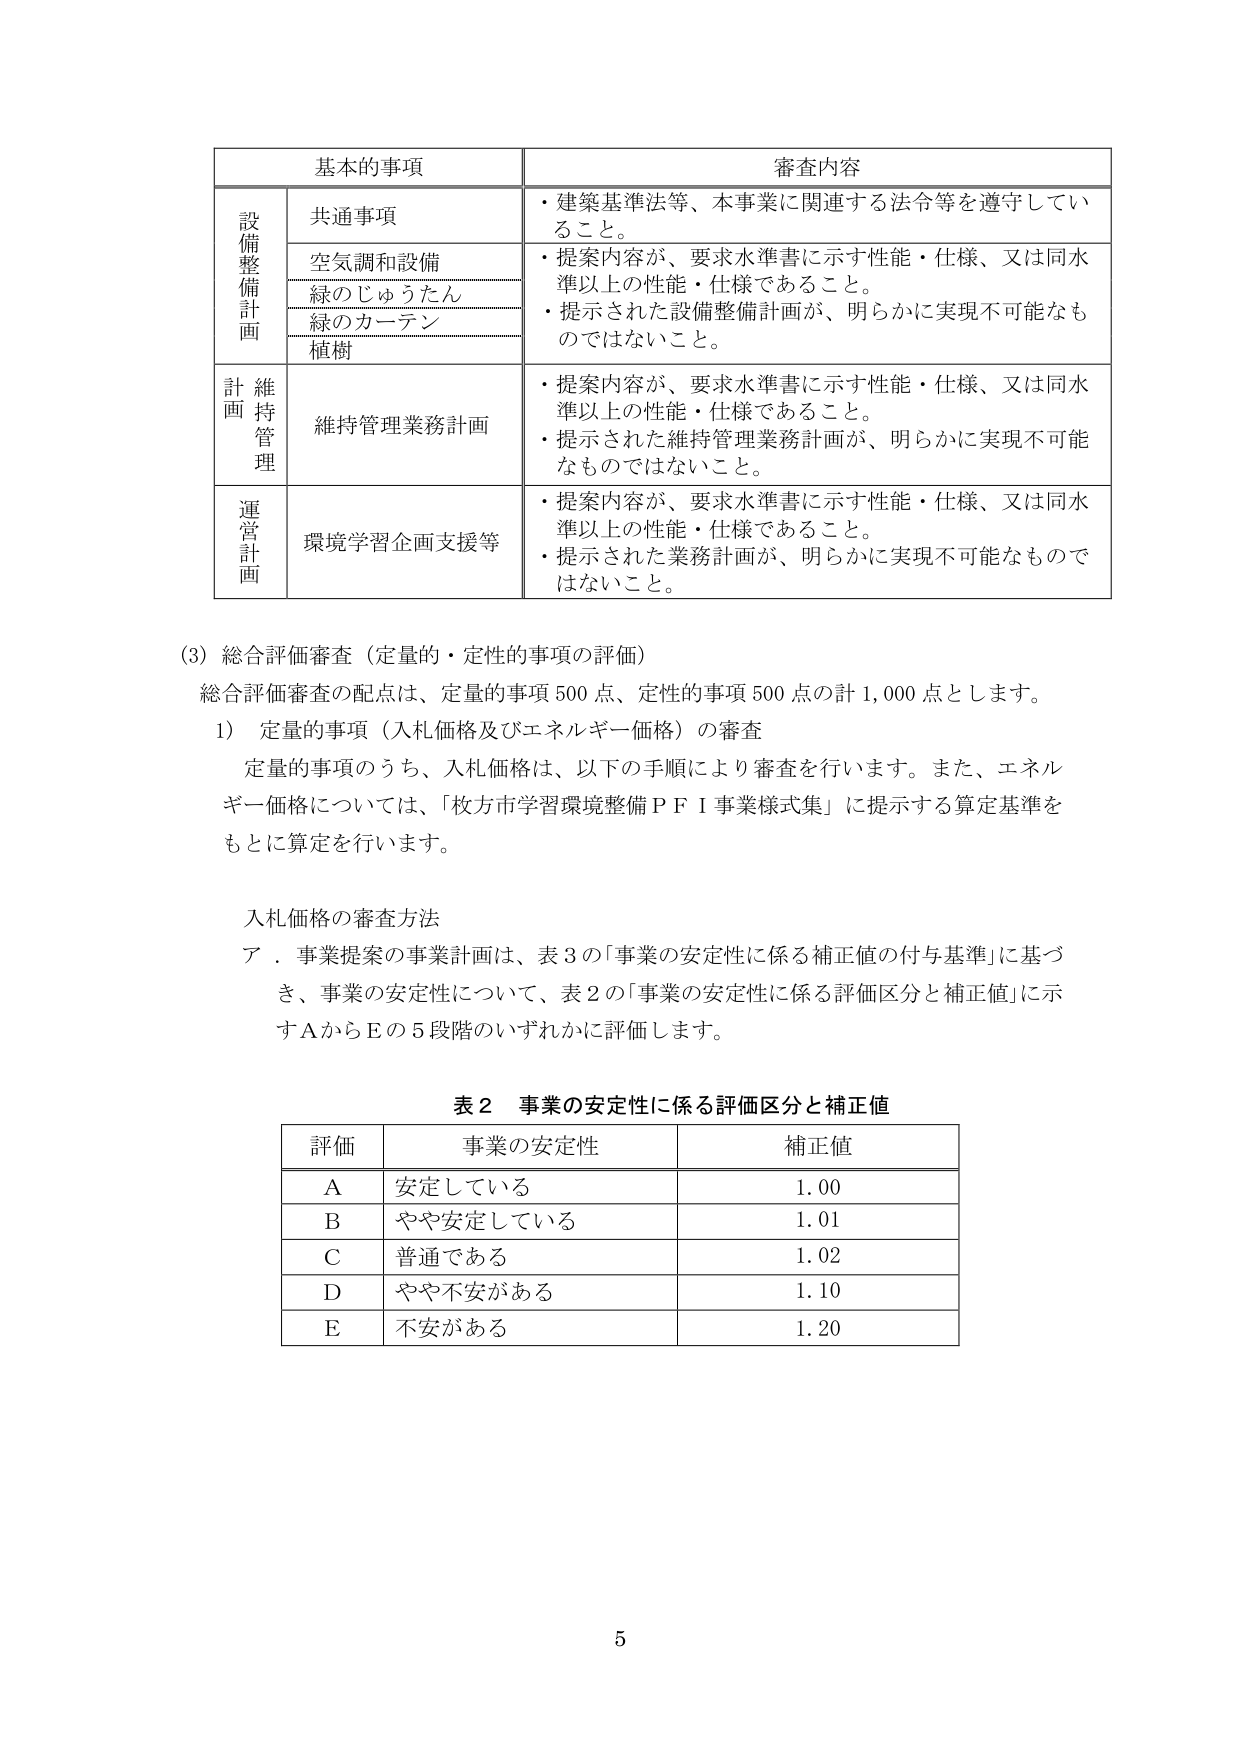
基本的事項 審査内容
設備整備計画 共通事項 ・建築基準法等、本事業に関連する法令等を遵守していること。
空気調和設備 ・提案内容が、要求水準書に示す性能・仕様、又は同水準以上の性能・仕様であること。
緑のじゅうたん ・提示された設備整備計画が、明らかに実現不可能なものではないこと。
緑のカーテン
植樹
維持管理 計画 維持管理業務計画 ・提案内容が、要求水準書に示す性能・仕様、又は同水準以上の性能・仕様であること。
・提示された維持管理業務計画が、明らかに実現不可能なものではないこと。
運営計画 環境学習企画支援等 ・提案内容が、要求水準書に示す性能・仕様、又は同水準以上の性能・仕様であること。
・提示された業務計画が、明らかに実現不可能なものではないこと。

(3) 総合評価審査（定量的・定性的事項の評価）
総合評価審査の配点は、定量的事項 500 点、定性的事項 500 点の計 1,000 点とします。
1) 定量的事項（入札価格及びエネルギー価格）の審査
定量的事項のうち、入札価格は、以下の手順により審査を行います。また、エネルギー価格については、「枚方市学習環境整備ＰＦＩ事業様式集」に提示する算定基準をもとに算定を行います。

入札価格の審査方法
ア．事業提案の事業計画は、表3の「事業の安定性に係る補正値の付与基準」に基づき、事業の安定性について、表2の「事業の安定性に係る評価区分と補正値」に示すAからEの5段階のいずれかに評価します。

表2 事業の安定性に係る評価区分と補正値
評価 事業の安定性 補正値
A 安定している 1.00
B やや安定している 1.01
C 普通である 1.02
D やや不安がある 1.10
E 不安がある 1.20

5